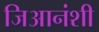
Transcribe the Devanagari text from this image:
जिआनंशी